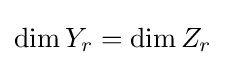
\dim Y_{r}=\dim Z_{r}